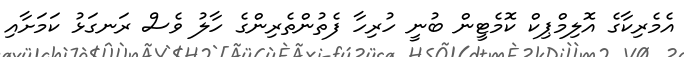
އެމެރިކާގެ އޮލިމްޕިކް ކޮމެޓީން ބުނީ ހުރިހާ ފެތުންތެރިންގެ ހާލު ވެސް ރަނގަޅު ކަމަށާއި